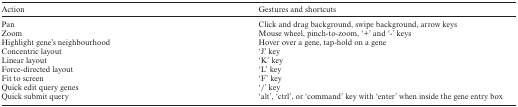
<table><thead><tr><td><b>Action</b></td><td><b>Gestures and shortcuts</b></td></tr></thead><tbody><tr><td>Pan</td><td>Click and drag background, swipe background, arrow keys</td></tr><tr><td>Zoom</td><td>Mouse wheel, pinch-to-zoom, ‘+’ and ‘-’ keys</td></tr><tr><td>Highlight gene’s neighbourhood</td><td>Hover over a gene, tap-hold on a gene</td></tr><tr><td>Concentric layout</td><td>‘J’ key</td></tr><tr><td>Linear layout</td><td>‘K’ key</td></tr><tr><td>Force-directed layout</td><td>‘L’ key</td></tr><tr><td>Fit to screen</td><td>‘F’ key</td></tr><tr><td>Quick edit query genes</td><td>‘/’ key</td></tr><tr><td>Quick submit query</td><td>‘alt’, ‘ctrl’, or ‘command’ key with ‘enter’ when inside the gene entry box</td></tr></tbody></table>